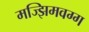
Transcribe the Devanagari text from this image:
मज्झिमवग्ग